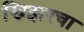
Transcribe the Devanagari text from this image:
खिझरचा